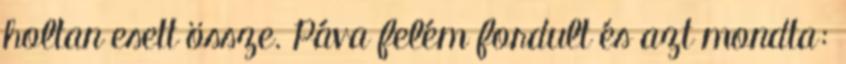
holtan esett össze. Páva felém fordult és azt mondta: